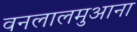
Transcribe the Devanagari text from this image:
वनलालमुआना